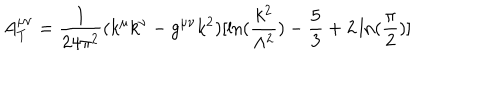
LaTeX: A _ { T } ^ { \mu \nu } = { \frac { 1 } { 2 4 \pi ^ { 2 } } } ( k ^ { \mu } k ^ { \nu } - g ^ { \mu \nu } k ^ { 2 } ) [ \ln ( { \frac { k ^ { 2 } } { \Lambda ^ { 2 } } } ) - \frac { 5 } { 3 } + 2 \ln ( { \frac { \pi } { 2 } } ) ]